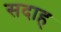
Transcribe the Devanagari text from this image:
सदाह